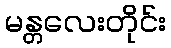
မန္တလေးတိုင်း